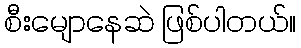
စီးမျောနေဆဲ ဖြစ်ပါတယ်။